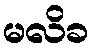
မလိခ